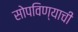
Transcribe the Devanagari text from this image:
सोपविण्याची